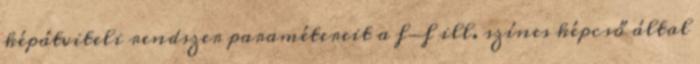
képátviteli rendszer paramétereit a f-f ill. színes képcső által